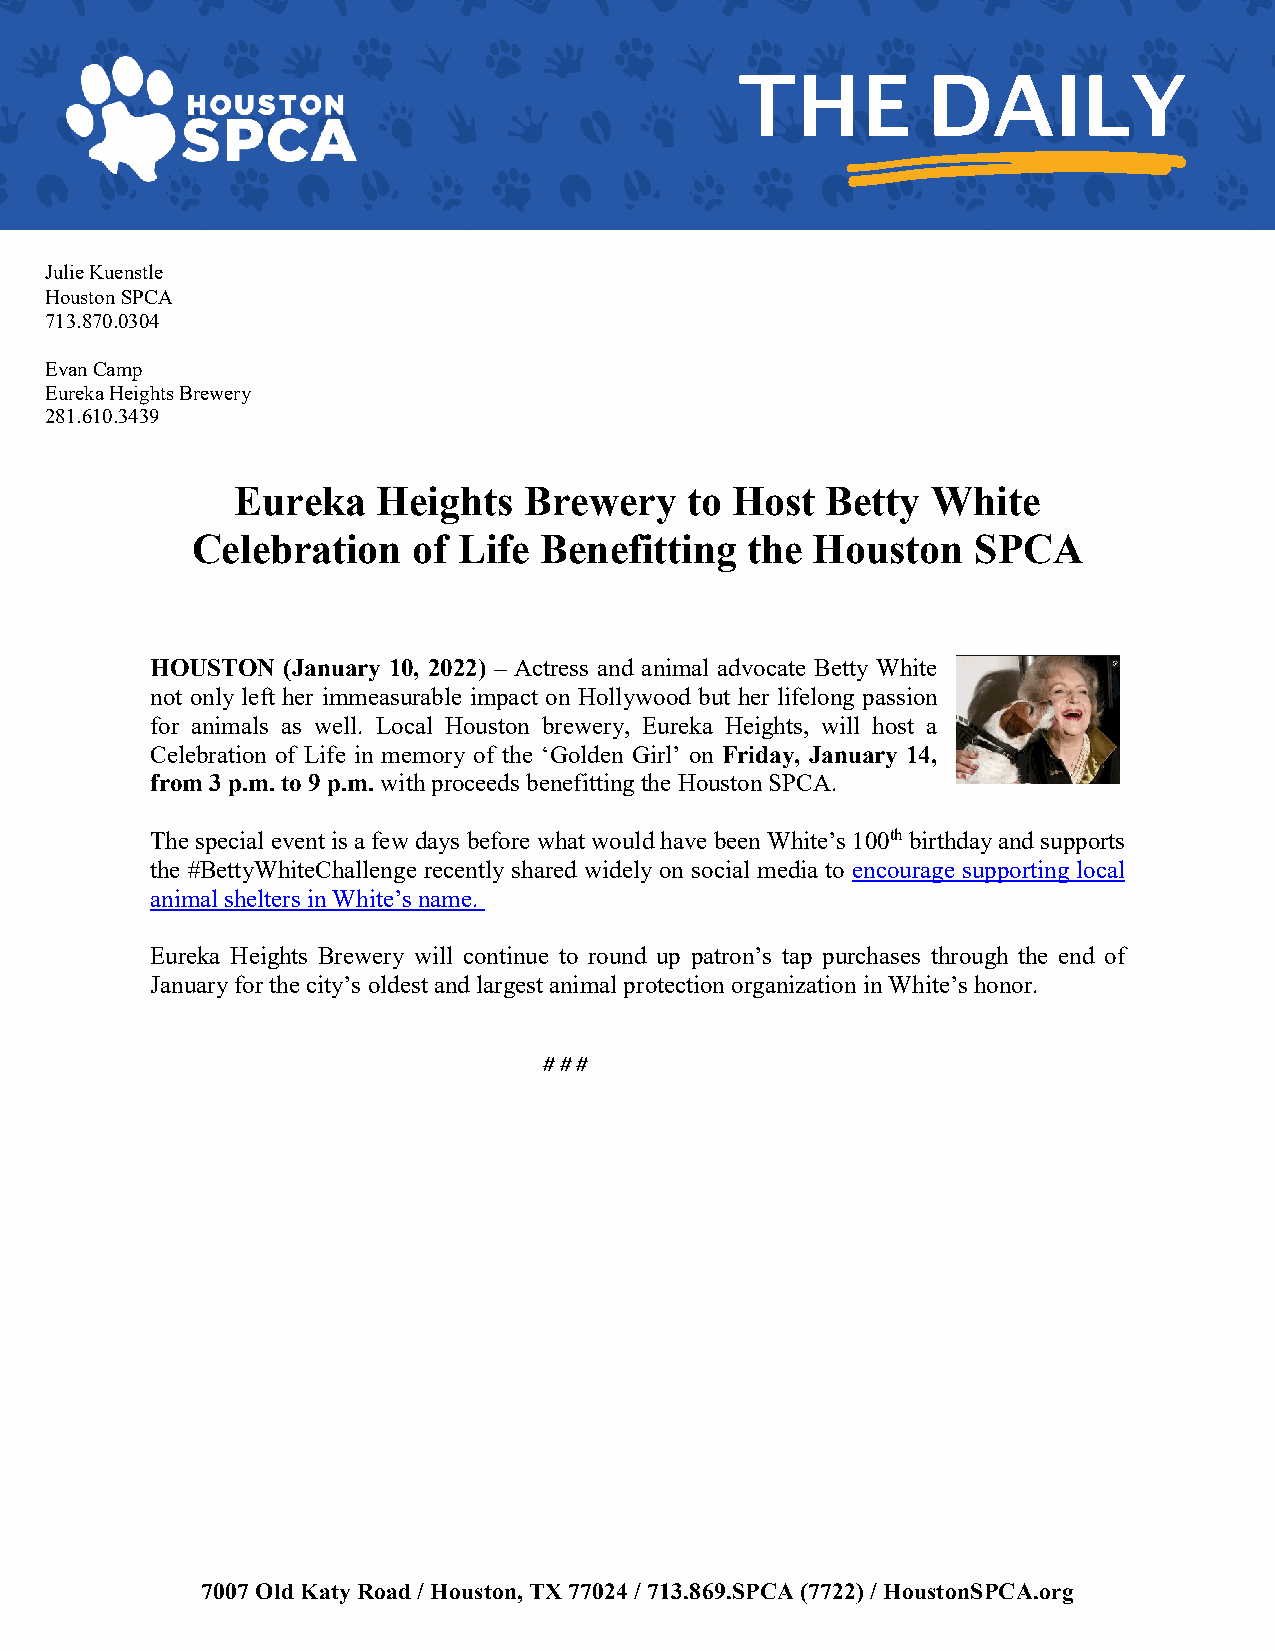
THE         ED   AILY
 Evan
 Julie Kuenstle
 VP of Communications
 Julie Kuenstle
 Houston SPCA
 713.870.0304
 Evan Camp
 Eureka Heights Brewery
 281.610.3439
 Eureka   Heights   Brewery   to Host   Betty  White
 Celebration   of Life  Benefitting  the  Houston    SPCA
 HOUSTON  (January 10, 2022) – Actress and animal advocate Betty White
 not only left her immeasurable impact on Hollywood but her lifelong passion
 for animals as well. Local Houston brewery, Eureka Heights, will host a
 Celebration of Life in memory of the ‘Golden Girl’ on Friday, January 14,
 from 3 p.m. to 9 p.m. with proceeds benefitting the Houston SPCA.
 The special event is a few days before what would have been White’s 100th birthday and supports
 the #BettyWhiteChallenge recently shared widely on social media to encourage supporting local
 animal shelters in White’s name.
 Eureka Heights Brewery will continue to round up patron’s tap purchases through the end of
 January for the city’s oldest and largest animal protection organization in White’s honor.
 # # #
 7007 Old Katy Road / Houston, TX 77024 / 713.869.SPCA (7722) / HoustonSPCA.org